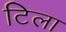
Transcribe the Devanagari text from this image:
टिला